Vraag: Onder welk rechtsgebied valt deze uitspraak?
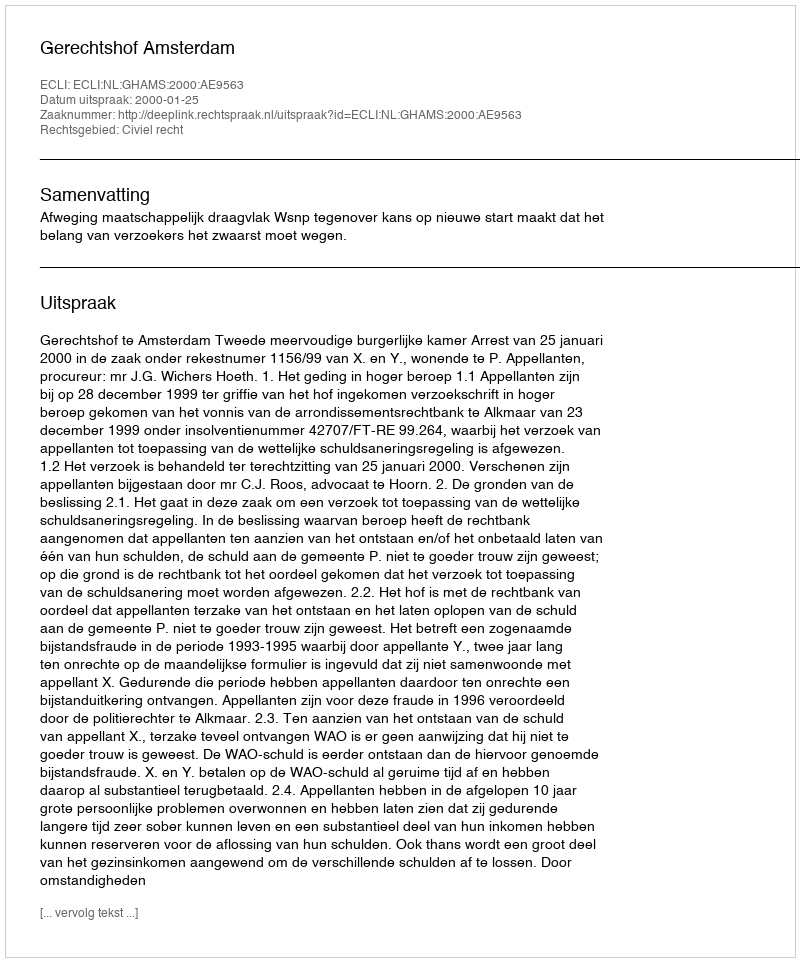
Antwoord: Civiel recht